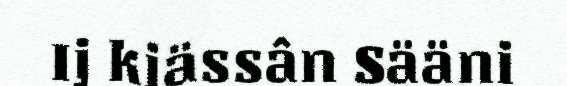
Ij kiässân Sääni